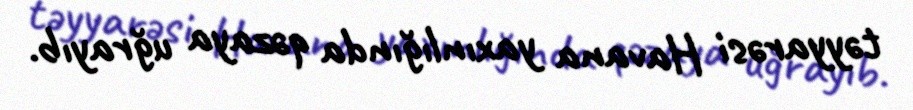
təyyarəsi Havana yaxınlığında qəzaya uğrayıb.